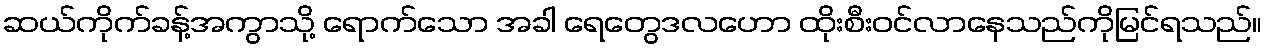
ဆယ်ကိုက်ခန့်အကွာသို့ ရောက်သော အခါ ရေတွေဒလဟော ထိုးစီးဝင်လာနေသည်ကိုမြင်ရသည်။